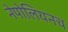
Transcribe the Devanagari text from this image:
नेपोलियनच